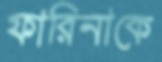
ফারিনাকে